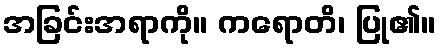
အခြင်းအရာကို။ ကရောတိ၊ ပြု၏။